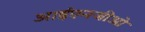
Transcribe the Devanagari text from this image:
आईएनजीओ